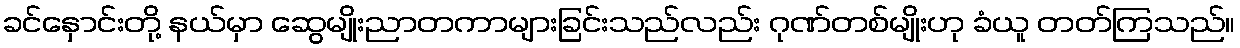
ခင်နှောင်းတို့ နယ်မှာ ဆွေမျိုးညာတကာများခြင်းသည်လည်း ဂုဏ်တစ်မျိုးဟု ခံယူ တတ်ကြသည်။